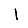
Digit: 1